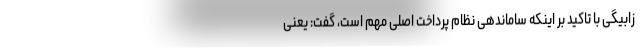
زابیگی با تاکید بر اینکه ساماندهی نظام پرداخت اصلی مهم است، گفت: یعنی